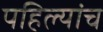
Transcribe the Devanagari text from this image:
पहिल्यांच